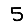
Digit: 5